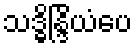
သဒ္ဓိန္ဒြိယံပေ